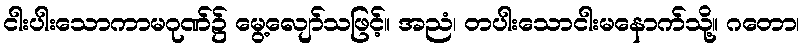
ငါးပါးသောကာမဂုဏ်၌ မွေ့လျော်သဖြင့်။ အညံ၊ တပါးသောငါးမနောက်သို့။ ဂတော၊